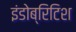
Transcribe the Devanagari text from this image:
इंडोब्रिटिश